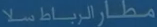
مطارالربطسلا